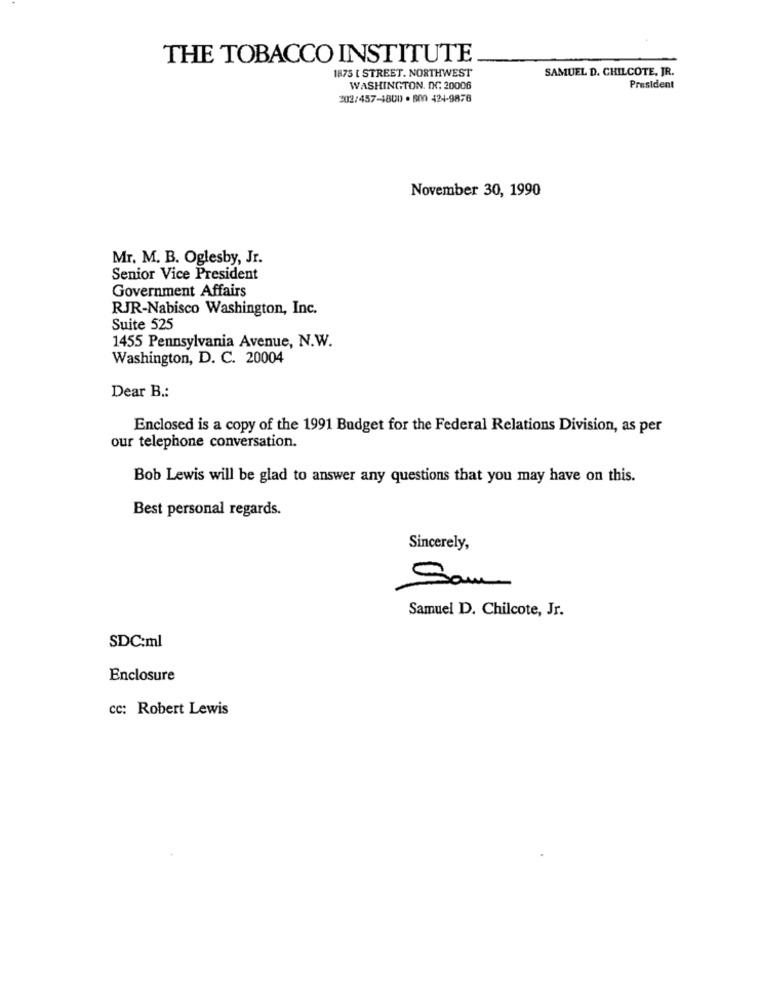
THE TOBACCO INSTITUTE
1875 [ STREET. NORTHWEST
SAMUEL D. CHILCOTE, JR.
WASHINGTON, DC. 20006
President
202/457-4800 · 800 424-9876
November 30, 1990
Mr. M. B. Oglesby, Jr.
Senior Vice President
Government Affairs
RJR-Nabisco Washington, Inc.
Suite 525
1455 Pennsylvania Avenue, N.W.
Washington, D. C. 20004
Dear B .:
Enclosed is a copy of the 1991 Budget for the Federal Relations Division, as per
our telephone conversation.
Bob Lewis will be glad to answer any questions that you may have on this.
Best personal regards.
Sincerely,
Sam
Samuel D. Chilcote, Jr.
SDC:ml
Enclosure
cc: Robert Lewis